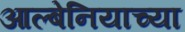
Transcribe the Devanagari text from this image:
आल्बेनियाच्या